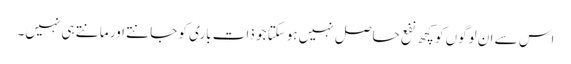
اس سے ان لوگوں کو کچھ نفع حاصل نہیں ہوسکتا جو ذاتِ باری کو جانتے اور مانتے ہی نہیں۔